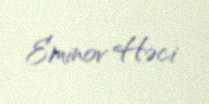
Eminov Həci